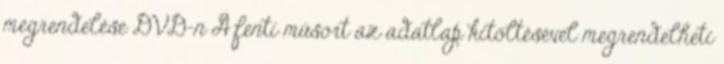
megrendelése DVD-n A fenti műsort az adatlap kitöltésével megrendelheti